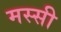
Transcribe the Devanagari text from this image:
मस्सी